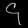
Digit: ၄